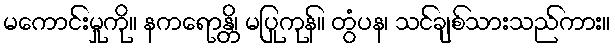
မကောင်းမှုကို။ နကရောန္တိ၊ မပြုကုန်။ တွံပန၊ သင်ချစ်သားသည်ကား။